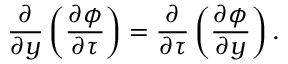
\frac { \partial } { \partial y } \left( \frac { \partial \phi } { \partial \tau } \right) = \frac { \partial } { \partial \tau } \left( \frac { \partial \phi } { \partial y } \right) .